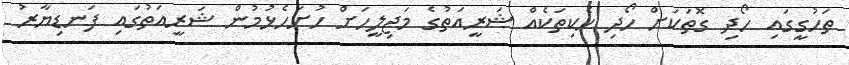
ތަހުގީގައި ހޯދި ގޮތަކަށް ހޯދި ހެކިތަކެއް ޝަރީއަތުގެ މަޖިލީހަށް ހުށަހެޅުމުން ޝަރީއަތުގައި ފަނޑިޔާރު